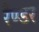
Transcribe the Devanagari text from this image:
रैण्डर